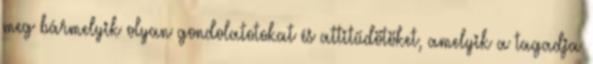
meg bármelyik olyan gondolatotokat és attitűdötöket, amelyik a tagadja